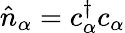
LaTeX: {\hat{n}}_{\alpha}=c_{\alpha}^{\dagger}c_{\alpha}